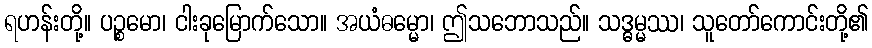
ရဟန်းတို့။ ပဉ္စမော၊ ငါးခုမြောက်သော။ အယံဓမ္မော၊ ဤသဘောသည်။ သဒ္ဓမ္မဿ၊ သူတော်ကောင်းတို့၏